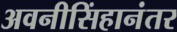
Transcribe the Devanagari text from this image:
अवनीसिंहानंतर